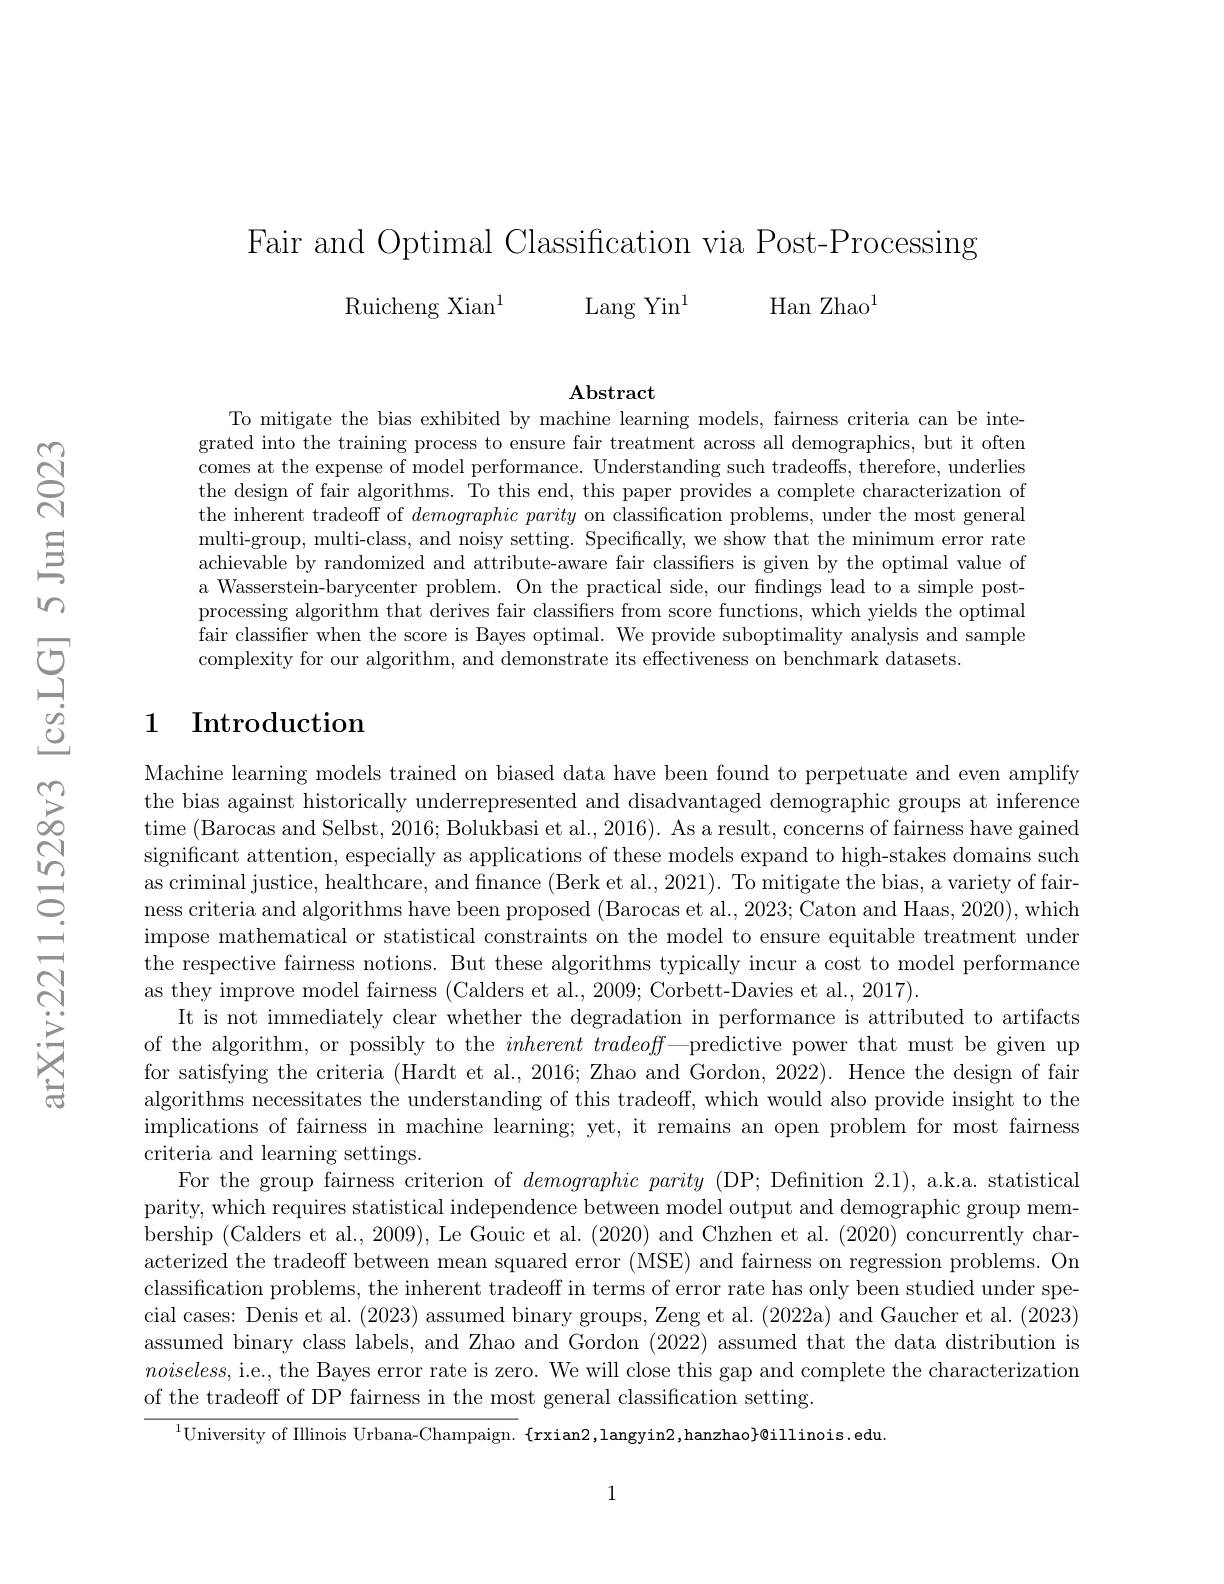
Fair and Optimal Classification via Post-Processing
Ruicheng Xian$^1$ Lang Yin$^1$
Han Zhao$^{1}$

$\mathbf{Abstract}$
To mitigate the bias exhibited by machine learning models, fairness criteria can be inte-

grated into the training process to ensure fair treatment across all demographics, but it often comes at the expense of model performance. Understanding such tradeoffs, therefore, underlies the design of fair algorithms. To this end, this paper provides a complete characterization of the inherent tradeoff of $demographic\textit{ parity on classification problems, under the most general}$ multi-group, multi-class, and noisy setting. Specifically, we show that the minimum error rate achievable by randomized and attribute-aware fair classifiers is given by the optimal value of a Wasserstein-barycenter problem. On the practical side, our fndings lead to a simple postprocessing algorithm that derives fair classifiers from score functions, which yields the optimal fair classifier when the score is Bayes optimal. We provide suboptimality analysis and sample complexity for our algorithm, and demonstrate its effectiveness on benchmark datasets.

## 1 Introduction

Machine learning models trained on biased data have been found to perpetuate and even amplify the bias against historically underrepresented and disadvantaged demographic groups at inference time (Barocas and Selbst, 2016; Bolukbasi et al., 2016). As a result, concerns of fairness have gained significant attention, especially as applications of these models expand to high-stakes domains such as criminal justice, healthcare, and finance (Berk et al., 2021). To mitigate the bias, a variety of fairness criteria and algorithms have been proposed (Barocas et al., 2023; Caton and Haas, 2020), which impose mathematical or statistical constraints on the model to ensure equitable treatment under the respective fairness notions. But these algorithms typically incur a cost to model performance as they improve model fairness (Calders et al., 2009; Corbett-Davies et al., 2017).
It is not immediately clear whether the degradation in performance is attributed to artifacts of the algorithm, or possibly to the $inherent\textit{tradeoff— predictive power that must be given up}$ for satisfying the criteria (Hardt et al., 2016; Zhao and Gordon, 2022). Hence the design of fair algorithms necessitates the understanding of this tradeoff, which would also provide insight to the implications of fairness in machine learning; yet, it remains an open problem for most fairness criteria and learning settings.
For the group fairness criterion of demographic parity (DP; Definition 2.1), a.k.a. statistical parity, which requires statistical independence between model output and demographic group membership (Calders et al., 2009), Le Gouic et al. (2020) and Chzhen et al. (2020) concurrently characterized the tradeoff between mean squared error (MSE) and fairness on regression problems. On classification problems, the inherent tradeoff in terms of error rate has only been studied under special cases: Denis et al. (2023) assumed binary groups, Zeng et al. (2022a) and Gaucher et al. (2023) assumed binary class labels, and Zhao and Gordon (2022) assumed that the data distribution is $noiseless$, i.e., the Bayes error rate is zero. We will close this gap and complete the characterization of the tradeoff of DP fairness in the most general classification setting.
$^{1}$University of Illinois Urbana-Champaign. $\{$rxian2,langyin2,hanzhao$\}$@illinois.edu.

1